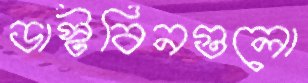
ডাস্টবিনগুলো